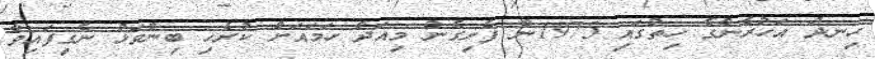
ހިނދު އަހުރެންގެ ހިތުގައި 1975ން ފެށިގެން މިއަދާ ހަމައަށް ކުރެހި ބިންވަޅު ނެގިފައިވާ